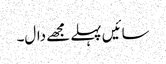
سائیں پہلے مجھے دال۔